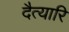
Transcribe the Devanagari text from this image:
दैत्यारि